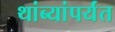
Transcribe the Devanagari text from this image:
थांब्यांपर्यंत